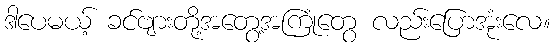
ဒါပေမယ့် ခင်ဗျားတို့အတွေ့အကြုံတွေ လည်းပြောအုံးလေ။